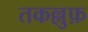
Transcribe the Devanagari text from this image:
तकल्लुफ़